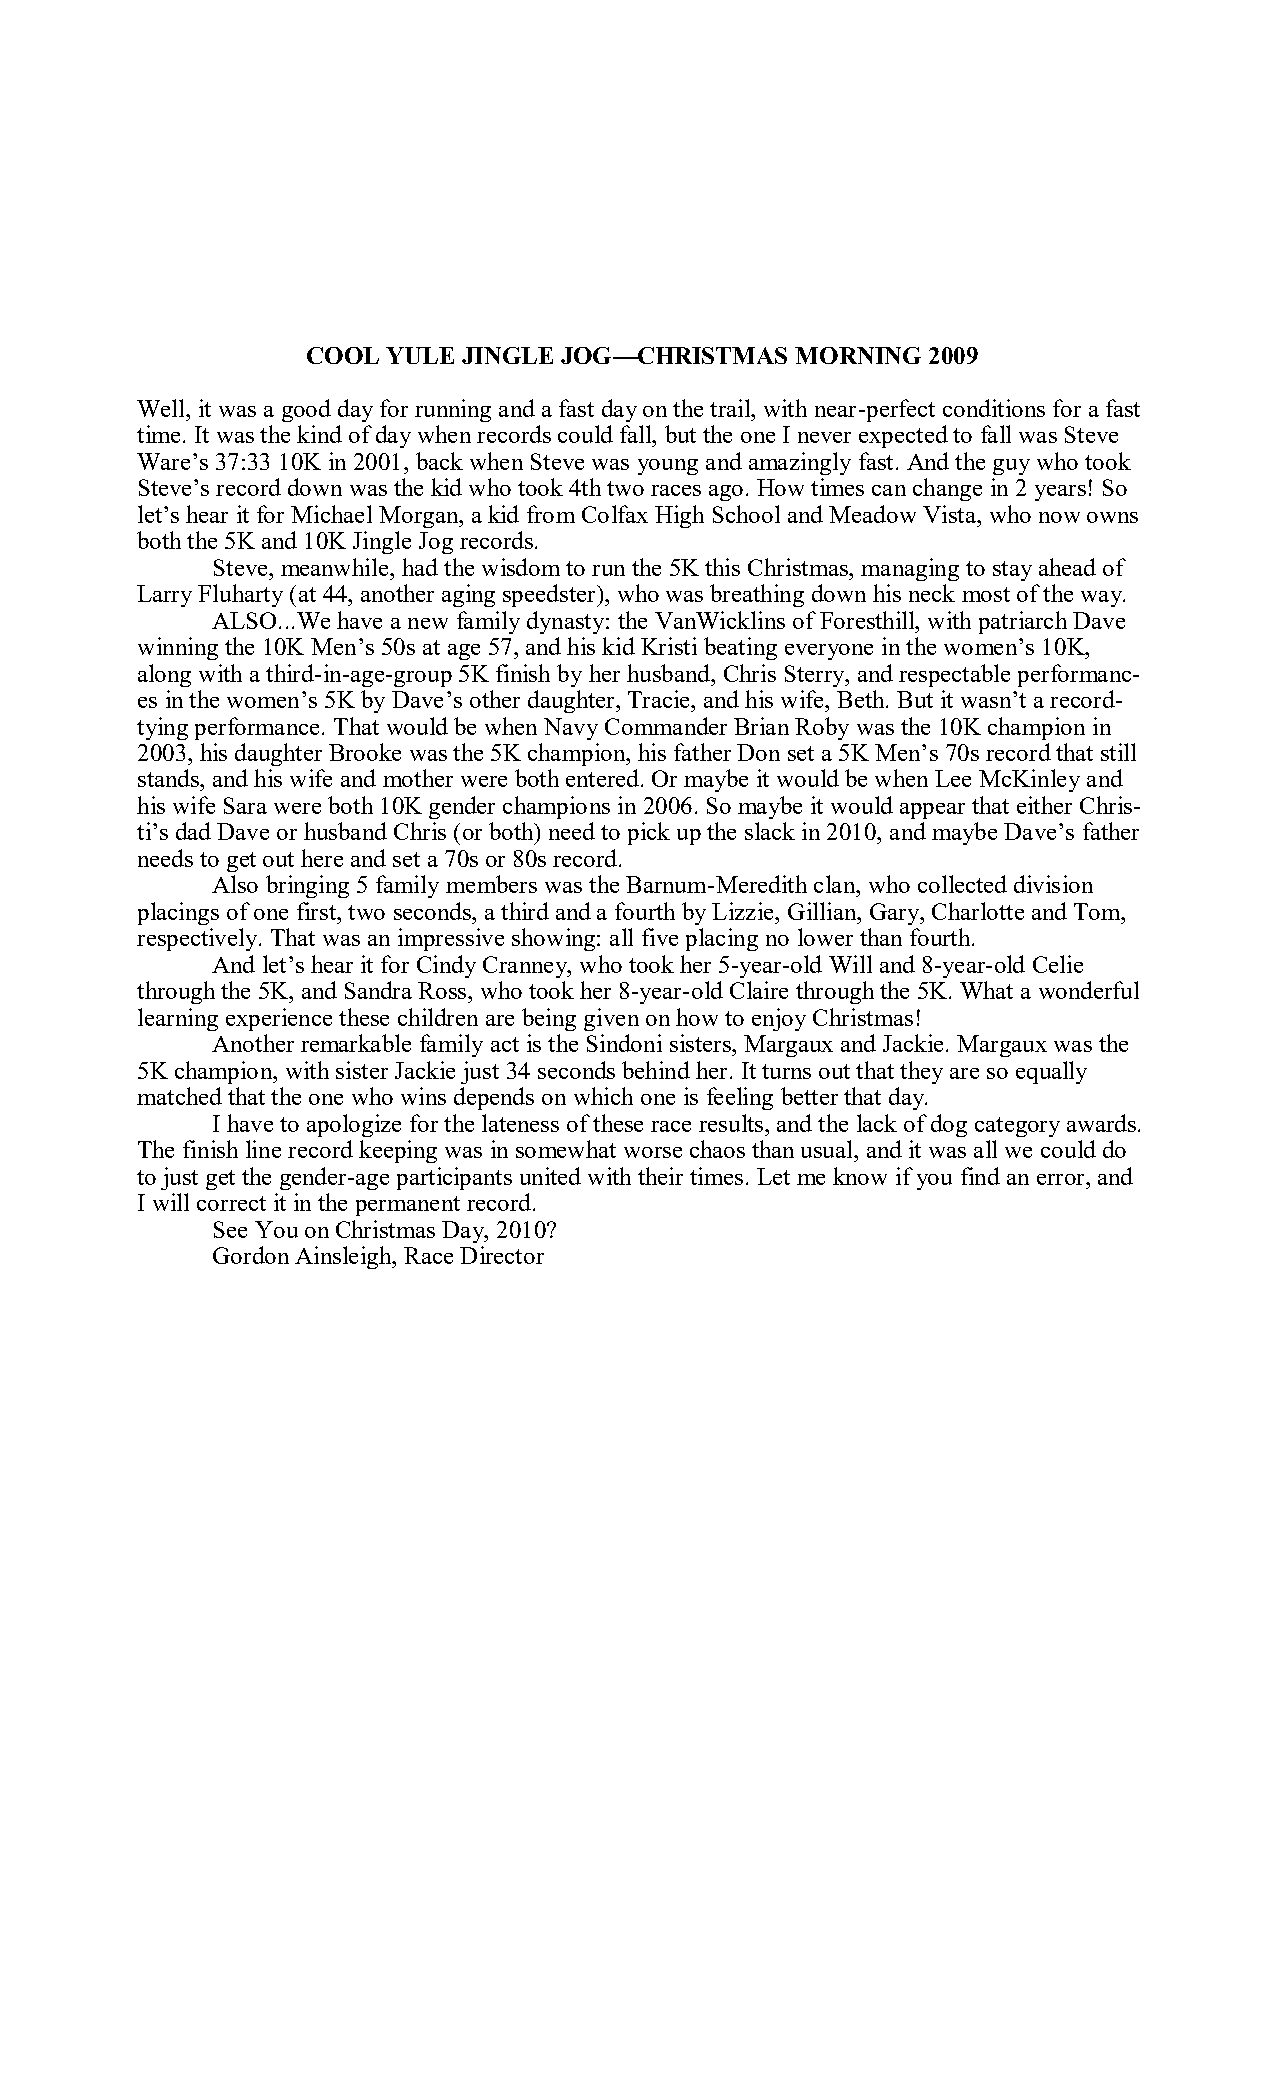
COOL  YULE JINGLE JOG—CHRISTMAS  MORNING 2009
 Well, it was a good day for running and a fast day on the trail, with near-perfect conditions for a fast
 time. It was the kind of day when records could fall, but the one I never expected to fall was Steve
 Ware’s 37:33 10K in 2001, back when Steve was young and amazingly fast. And the guy who took
 Steve’s record down was the kid who took 4th two races ago. How times can change in 2 years! So
 let’s hear it for Michael Morgan, a kid from Colfax High School and Meadow Vista, who now owns
 both the 5K and 10K Jingle Jog records.
 Steve, meanwhile, had the wisdom to run the 5K this Christmas, managing to stay ahead of
 Larry Fluharty (at 44, another aging speedster), who was breathing down his neck most of the way.
 ALSO...We have a new family dynasty: the VanWicklins of Foresthill, with patriarch Dave
 winning the 10K Men’s 50s at age 57, and his kid Kristi beating everyone in the women’s 10K,
 along with a third-in-age-group 5K finish by her husband, Chris Sterry, and respectable performanc-
 es in the women’s 5K by Dave’s other daughter, Tracie, and his wife, Beth. But it wasn’t a record-
 tying performance. That would be when Navy Commander Brian Roby was the 10K champion in
 2003, his daughter Brooke was the 5K champion, his father Don set a 5K Men’s 70s record that still
 stands, and his wife and mother were both entered. Or maybe it would be when Lee McKinley and
 his wife Sara were both 10K gender champions in 2006. So maybe it would appear that either Chris-
 ti’s dad Dave or husband Chris (or both) need to pick up the slack in 2010, and maybe Dave’s father
 needs to get out here and set a 70s or 80s record.
 Also bringing 5 family members was the Barnum-Meredith clan, who collected division
 placings of one first, two seconds, a third and a fourth by Lizzie, Gillian, Gary, Charlotte and Tom,
 respectively. That was an impressive showing: all five placing no lower than fourth.
 And let’s hear it for Cindy Cranney, who took her 5-year-old Will and 8-year-old Celie
 through the 5K, and Sandra Ross, who took her 8-year-old Claire through the 5K. What a wonderful
 learning experience these children are being given on how to enjoy Christmas!
 Another remarkable family act is the Sindoni sisters, Margaux and Jackie. Margaux was the
 5K champion, with sister Jackie just 34 seconds behind her. It turns out that they are so equally
 matched that the one who wins depends on which one is feeling better that day.
 I have to apologize for the lateness of these race results, and the lack of dog category awards.
 The finish line record keeping was in somewhat worse chaos than usual, and it was all we could do
 to just get the gender-age participants united with their times. Let me know if you find an error, and
 I will correct it in the permanent record.
 See You on Christmas Day, 2010?
 Gordon Ainsleigh, Race Director